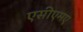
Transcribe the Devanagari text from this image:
एसीएमए